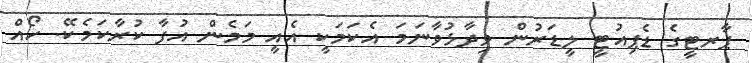
ޕާރޓީގެ ޑެޕިއުޓީ ލީޑަރުން ވިދާޅުވާނަމަ އެކަމަކީ އެއީ މަމެން އުފާ ކުރާކަމެކޭ. ހޯއް